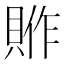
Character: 𮚈